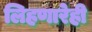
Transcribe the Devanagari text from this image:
लिहणारेही